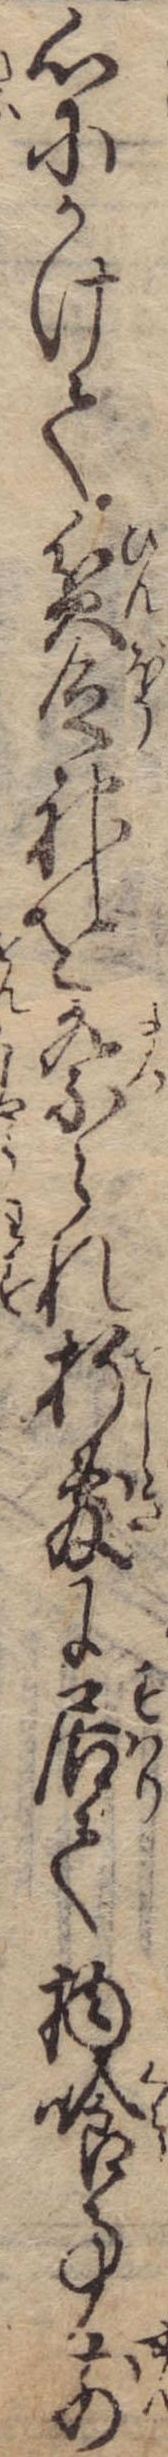
心にかけて貧乏神を祭られ折敷に居て物喰事前